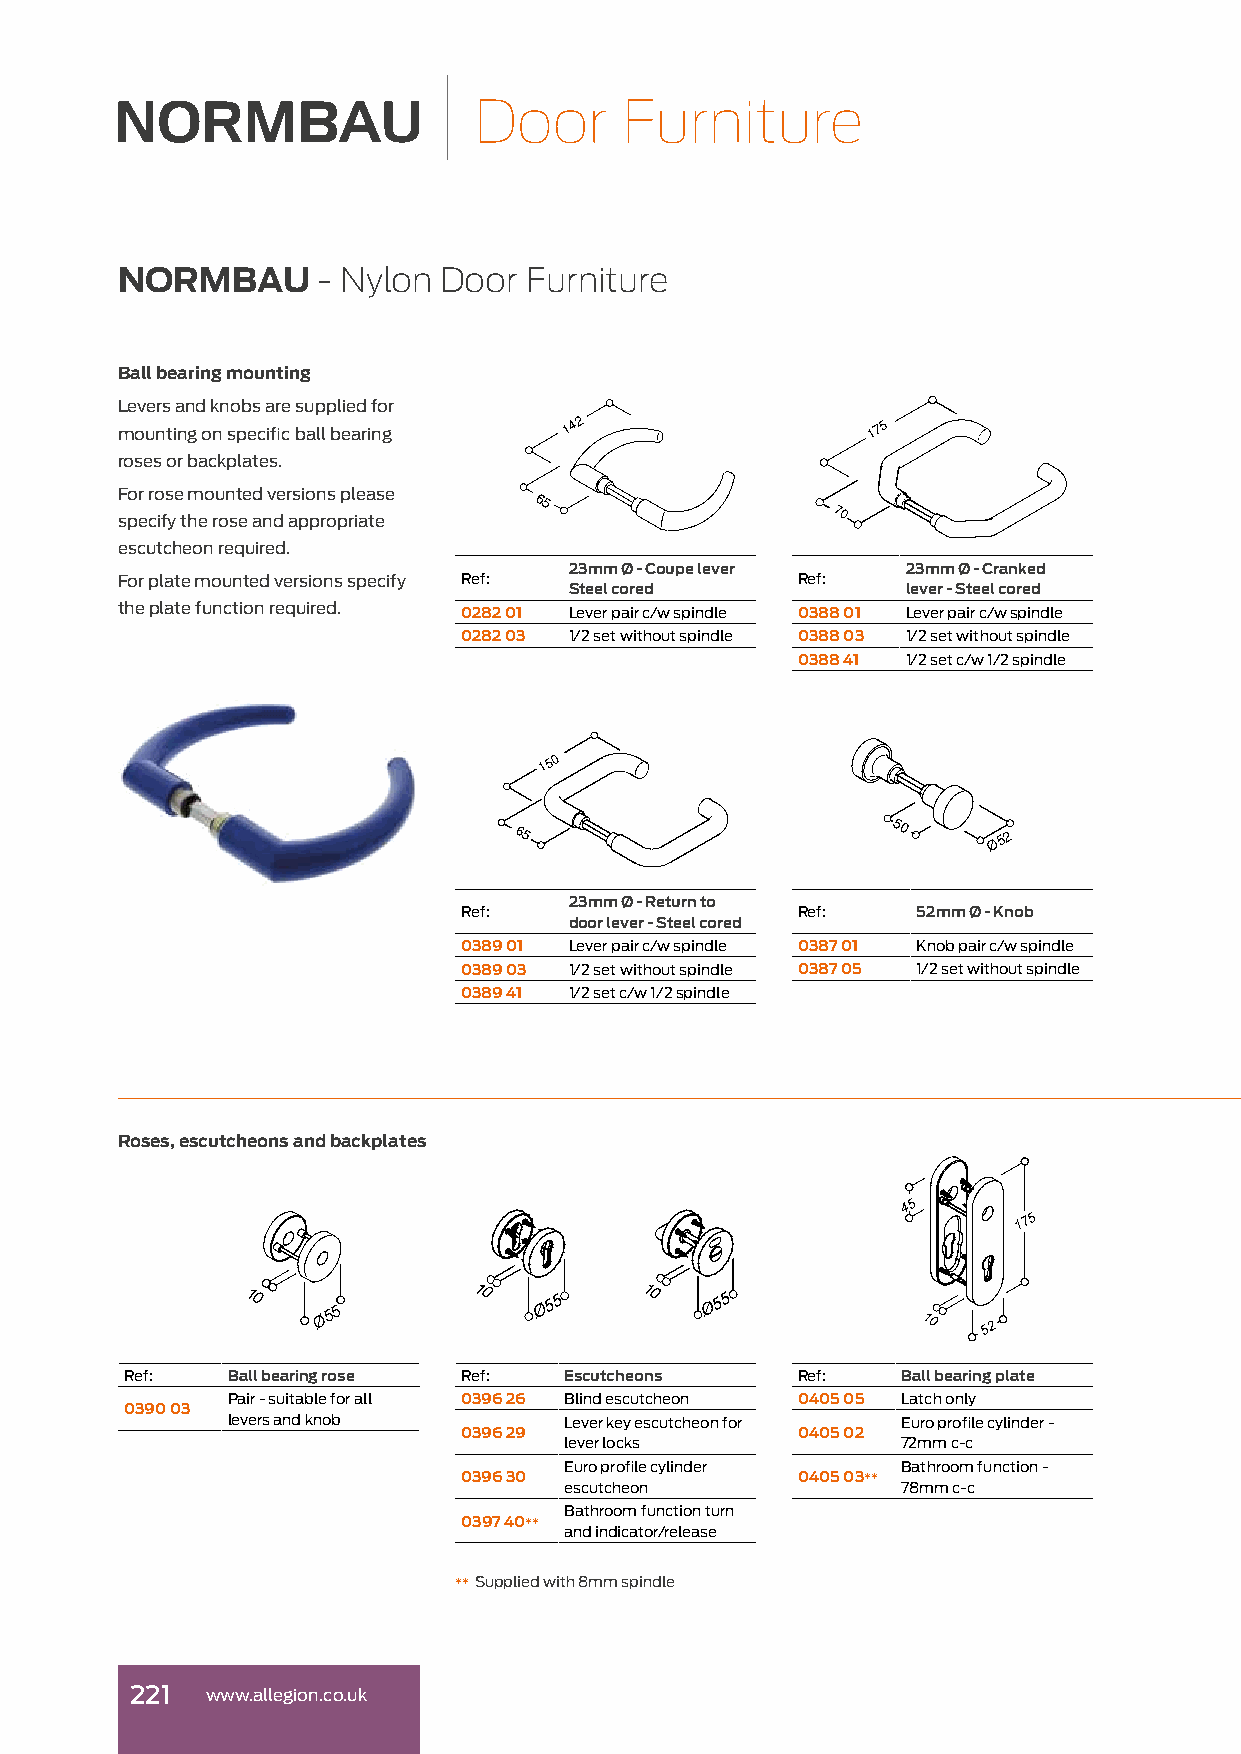
Door      Furniture
 NORMBAU      - Nylon Door  Furniture
 Ball bearing mounting
 Levers and knobs are supplied for
 mounting on specific ball bearing
 142                  175
 roses or backplates.
 For rose mounted versions please
 65
 specify the rose and appropriate
 70
 escutcheon required.
 23mm Ø - Coupe lever  23mm Ø - Cranked
 For plate mounted versions specify Ref:      Ref:
 Steel cored           lever - Steel cored
 the plate function required. 0282 01 Lever pair c/w spindle 0388 01 Lever pair c/w spindle
 0282 03 1/2 set without spindle 0388 03 1/2 set without spindle
 0388 41 1/2 set c/w 1/2 spindle
 150
 65
 50
 Ø 5 2
 23mm Ø - Return to
 Ref:                   Ref:    52mm Ø - Knob
 door lever - Steel cored
 0389 01 Lever pair c/w spindle 0387 01 Knob pair c/w spindle
 0389 03 1/2 set without spindle 0387 05 1/2 set without spindle
 0389 41 1/2 set c/w 1/2 spindle
 Roses, escutcheons and backplates
 4 5
 1 7 5
 10   Ø 5 5     10   Ø 5 5 10   Ø 5 5         10  5 2
 Ref:   Ball bearing rose Ref: Escutcheons    Ref:   Ball bearing plate
 Pair - suitable for all 0396 26 Blind escutcheon 0405 05 Latch only
 0390 03
 levers and knob       Lever key escutcheon for Euro profile cylinder -
 0396 29                0405 02
 lever locks            72mm c-c
 Euro profile cylinder  Bathroom function -
 0396 30                0405 03**
 escutcheon             78mm c-c
 Bathroom function turn
 0397 40**
 and indicator/release
 ** Supplied with 8mm spindle
 221  www.allegion.co.uk